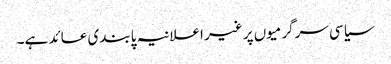
سیاسی سرگرمیوں پر غیر اعلانیہ پابندی عائد ہے۔